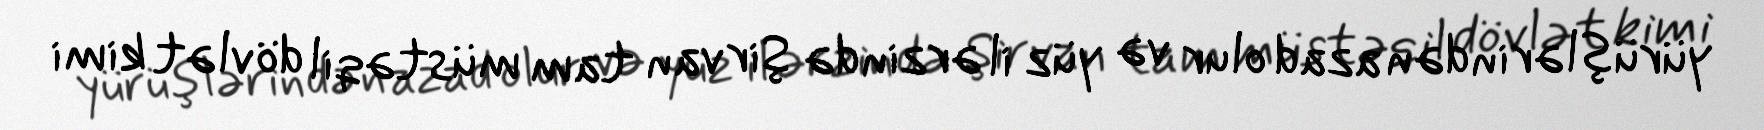
yürüşlərindən azad olur və yüz il ərzində Şirvan tam müstəqil dövlət kimi